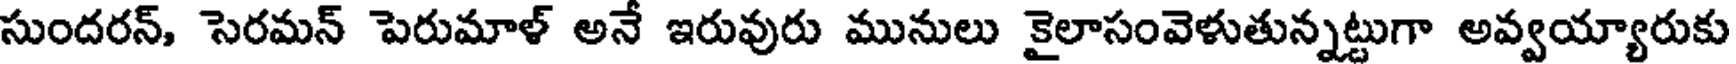
సుందరన్, సెరమన్ పెరుమాళ్ అనే ఇరువురు మునులు కైలాసంవెళుతున్నట్టుగా అవ్వయ్యారుకు